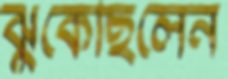
ঝুঁকেছিলেন